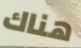
هناك